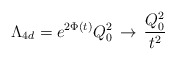
\begin{align*}\Lambda_{4d} = e^{2\Phi(t)}Q_0^2 \, \to \, \frac{Q_0^2}{t^2}\end{align*}